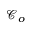
\mathcal { C } _ { o }